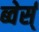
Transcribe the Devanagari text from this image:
ब्वेर्स्